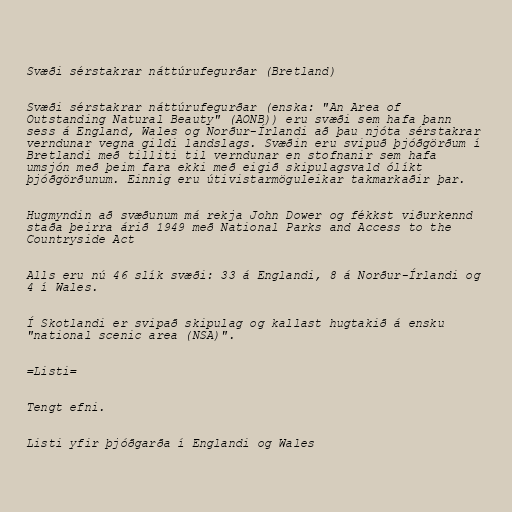
Svæði sérstakrar náttúrufegurðar (Bretland)

Svæði sérstakrar náttúrufegurðar (enska: "An Area of
Outstanding Natural Beauty" (AONB)) eru svæði sem hafa þann
sess á England, Wales og Norður-Írlandi að þau njóta sérstakrar
verndunar vegna gildi landslags. Svæðin eru svipuð þjóðgörðum í
Bretlandi með tilliti til verndunar en stofnanir sem hafa
umsjón með þeim fara ekki með eigið skipulagsvald ólíkt
þjóðgörðunum. Einnig eru útivistarmöguleikar takmarkaðir þar.

Hugmyndin að svæðunum má rekja John Dower og fékkst viðurkennd
staða þeirra árið 1949 með National Parks and Access to the
Countryside Act

Alls eru nú 46 slík svæði: 33 á Englandi, 8 á Norður-Írlandi og
4 í Wales.

Í Skotlandi er svipað skipulag og kallast hugtakið á ensku
"national scenic area (NSA)".

=Listi=

Tengt efni.

Listi yfir þjóðgarða í Englandi og Wales